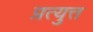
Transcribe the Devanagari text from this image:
प्रत्युत्त